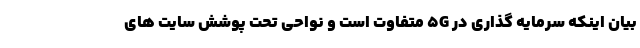
بیان اینکه سرمایه گذاری در 5G متفاوت است و نواحی تحت پوشش سایت های